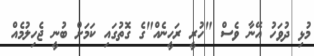
މުޅި ދުވަހު އޭނާ ވެސް "ހުރީ ރަހީނެއް"ގެ ގޮތުގައި ކަމަށް ބުނީ ޖެހިލުމެއް